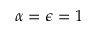
\alpha = \epsilon = 1